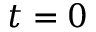
t = 0